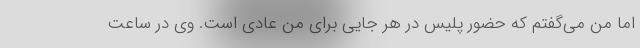
اما من می‌گفتم که حضور پلیس در هر جایی برای من عادی است. وی در ساعت